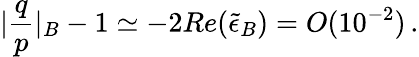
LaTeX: |\frac{q}{p}|_{B}-1\simeq-2Re(\tilde{\epsilon}_{B})=O(10^{-2})\, .